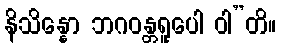
နိသိန္နော ဘဂဝန္တရူပေါ ဝါ”တိ။